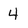
Character: 4